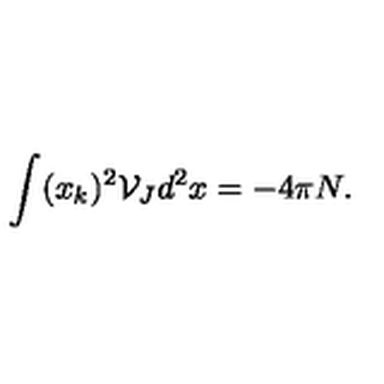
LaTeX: \int ( x _ { k } ) ^ { 2 } { \mathcal { V } } _ { J } d ^ { 2 } x = - 4 \pi N .